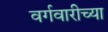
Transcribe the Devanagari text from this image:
वर्गवारीच्या